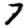
Digit: 7